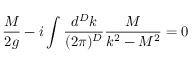
\frac { M } { 2 g } - i \int \frac { d ^ { D } k } { ( 2 \pi ) ^ { D } } \frac { M } { k ^ { 2 } - M ^ { 2 } } = 0